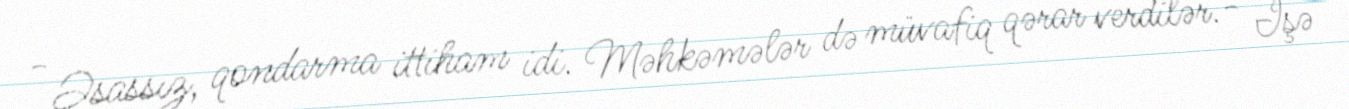
- Əsassız, qondarma ittiham idi. Məhkəmələr də müvafiq qərar verdilər.- İşə